Scottish Leaving Certificate Examination, 1961
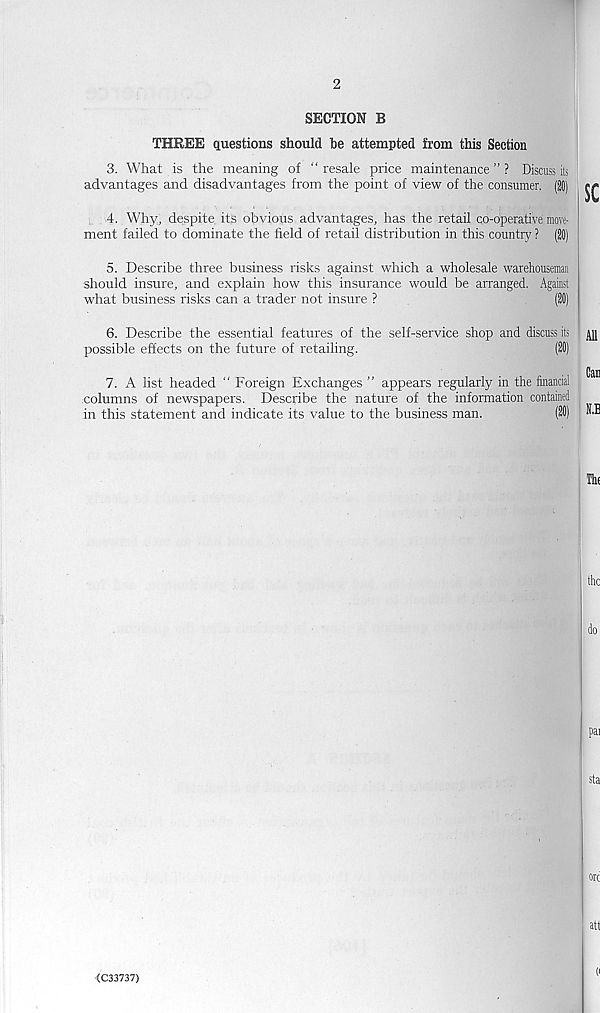
2
SECTION B
THREE questions should be attempted from this Section
3. What is the meaning of ' ‘ resale price maintenance ” ? Discuss its
advantages and disadvantages from the point of view of the consumer. (20)
4. Why, despite its obvious advantages, has the retail co-operative move-
ment failed to dominate the field of retail distribution in this country ? (20)
5. Describe three business risks against which a wholesale warehouseman
should insure, and explain how this insurance would be arranged. Against
what business risks can a trader not insure ?
(20)
6. Describe the essential features of the self-service shop and discuss its 411
possible effects on the future of retailing.
(20)
Cell]
7. A list headed “ Foreign Exchanges ” appears regularly in the financial
columns of newspapers. Describe the nature of the information contained
in this statement and indicate its value to the business man.
(20) H
Th(
the
do
pai
sta
ore
att
<C33737)
0